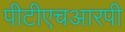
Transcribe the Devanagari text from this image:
पीटीएचआरपी